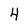
Character: 4